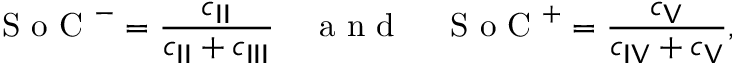
\textrm { S o C } ^ { - } = \frac { c _ { \sf I I } } { c _ { \sf I I } + c _ { \sf I I I } } \quad \textrm { a n d } \quad \textrm { S o C } ^ { + } = \frac { c _ { \sf V } } { c _ { \sf I V } + c _ { \sf V } } ,